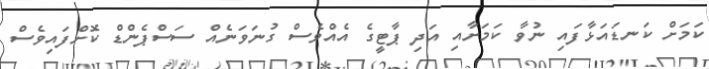
ކަމަށް ކަނޑައަޅާފައި ނުވާ ކަމަށާއި އަދި ޕާޓީގެ އެއްވެސް ގުނަވަނެއް ސަސްޕެންޑް ކޮށްފައިވެސް